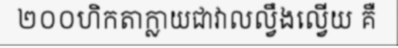
២០០ហិកតាក្លាយជាវាលល្វឹងល្វើយ គឺ